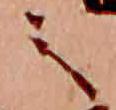
之